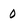
Character: 0